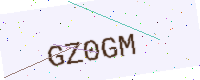
Text: GZ0GM